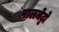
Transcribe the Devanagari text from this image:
पालमेट्टो